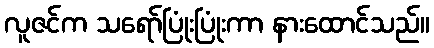
လူဇင်က သရော်ပြုံးပြုံးကာ နားထောင်သည်။